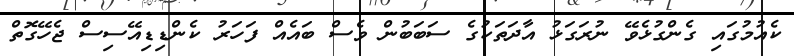
ކެއުމުގައި ގެންގުޅެވޭ ނުރަގަޅު އާދަތަކުގެ ސަބަބުން ވެސް ބައެއް ފަހަރު ކެންޑިޑިއޭސިސް ޖެހޭގޮތް